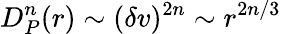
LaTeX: D_{P}^{n}(r)\sim(\delta v)^{2n}\sim r^{2n/3}